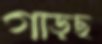
গাড়ছ